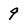
Character: 9